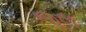
જૂલ